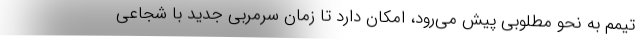
تیمم به نحو مطلوبی پیش می‌رود، امکان دارد تا زمان سرمربی جدید با شجاعی